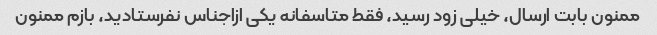
ممنون بابت ارسال، خیلی زود رسید، فقط متاسفانه یکی ازاجناس نفرستادید، بازم ممنون